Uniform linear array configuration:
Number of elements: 8
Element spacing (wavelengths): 0.25
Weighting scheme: hamming
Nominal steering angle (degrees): -15
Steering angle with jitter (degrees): -14.42
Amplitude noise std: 0.05
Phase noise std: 0.05

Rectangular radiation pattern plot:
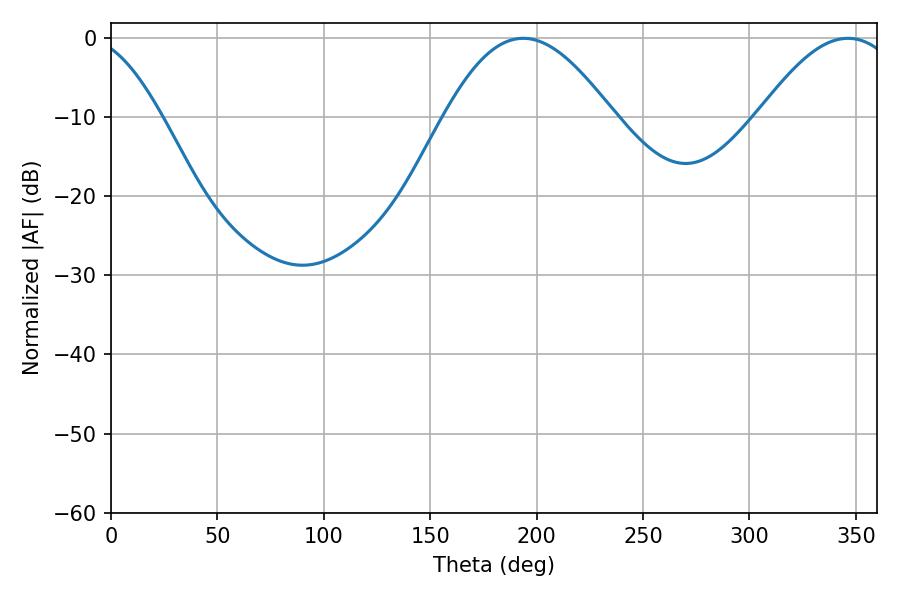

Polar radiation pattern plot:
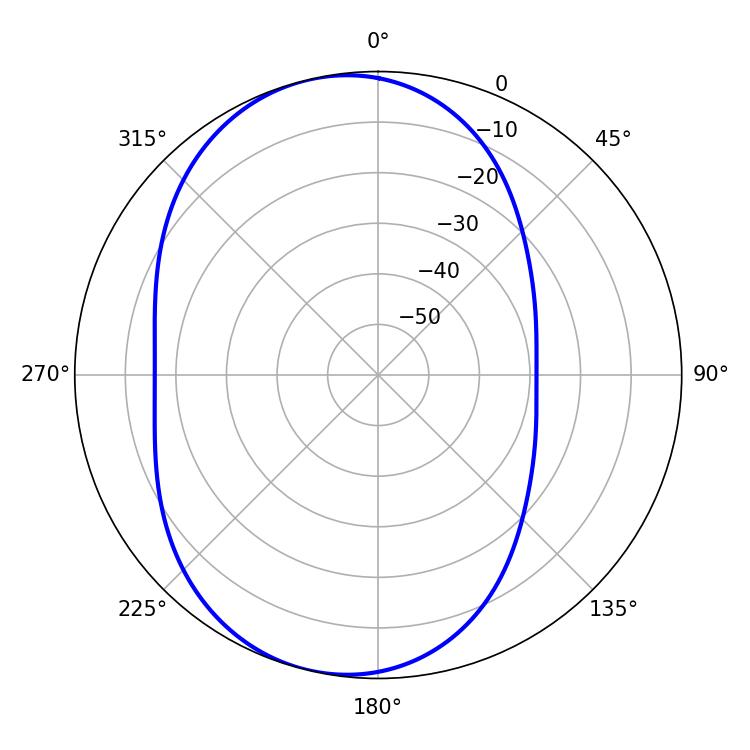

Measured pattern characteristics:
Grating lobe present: FALSE
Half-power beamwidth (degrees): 42.84
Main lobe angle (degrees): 193.68